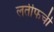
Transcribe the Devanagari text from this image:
लतीफची